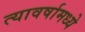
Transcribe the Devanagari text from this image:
त्यावर्षामध्ये